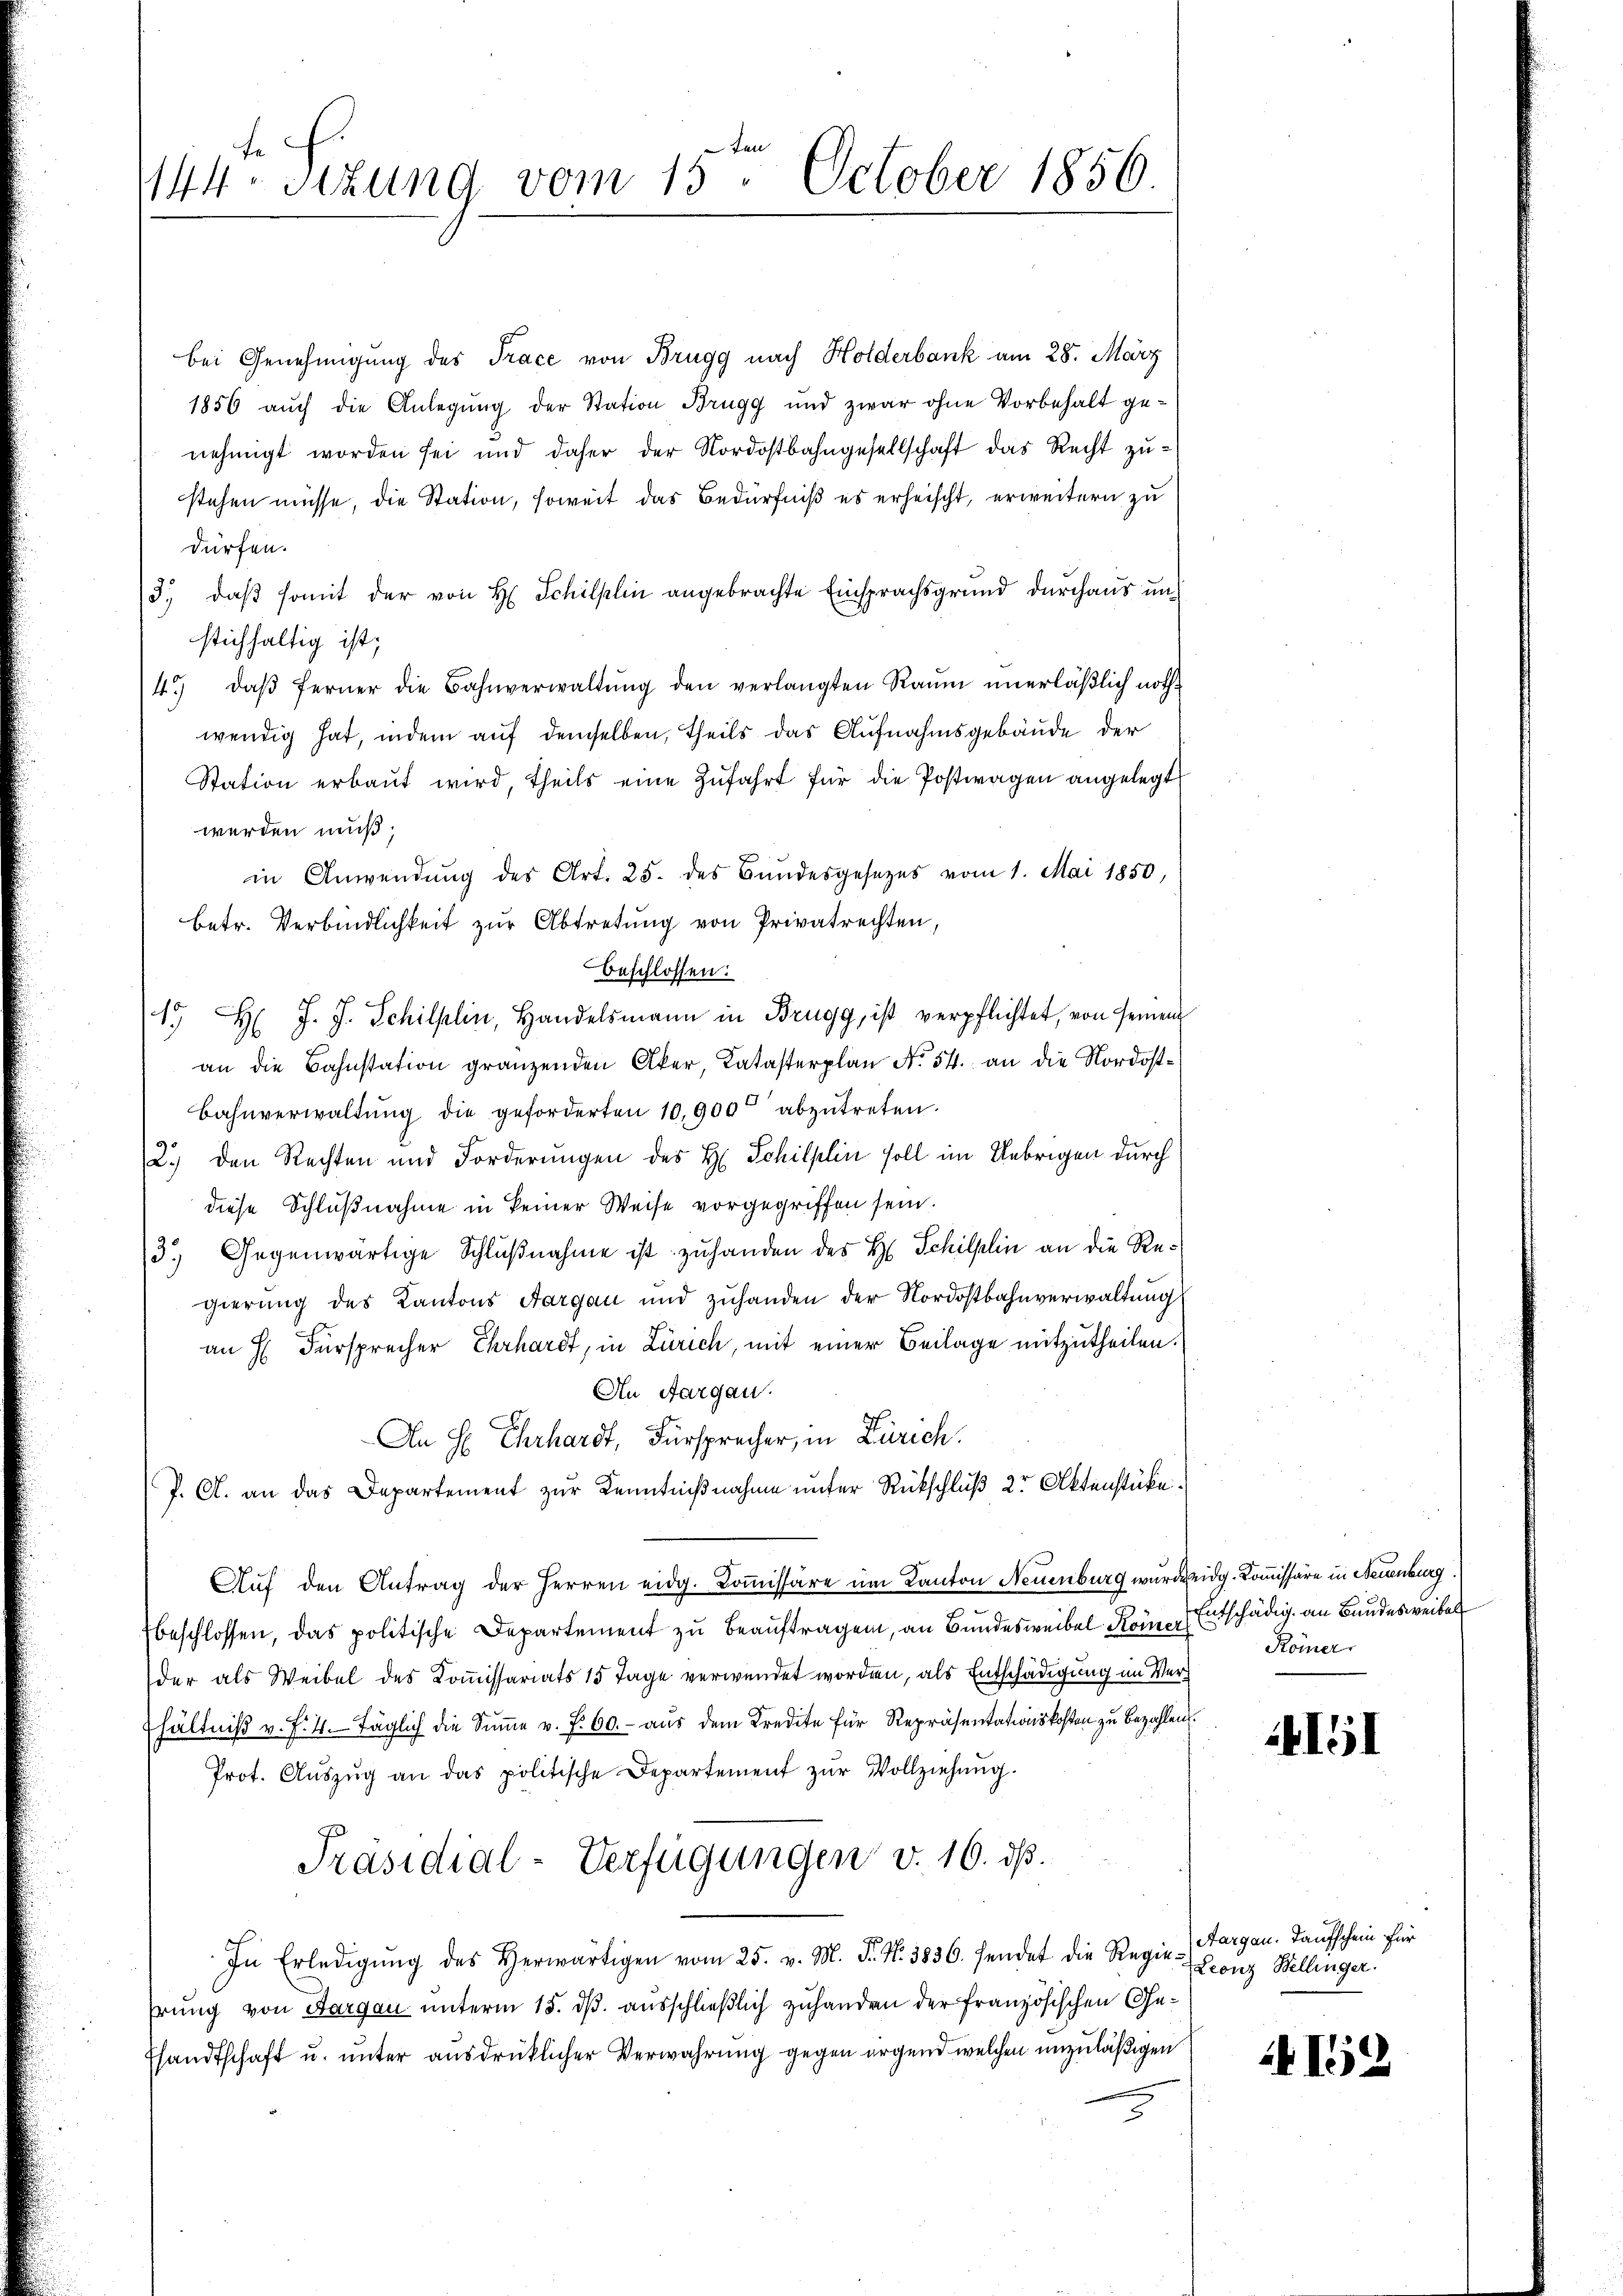
tr
144 sizung vom 15. October 1856.

bei Genehmigung des Trace von Brugg nach Holderbank am 28. März
1856 aŭch die Anlegŭng der Station Brugg und zwar ohne Vorbehalt ge-
nehmigt worden sei und daher der Nordostbahngesellschaft das Recht zustehen müsse, die Station, soweit das Bedürfniß es erheischt, erweitern zu
dürfen.
3., daß somit der von H. Schillin angebrachte Einsprachsgrund durchaus und
stichhaltig ist;
4. daβ ferner die Bahnverwaltŭng den verlangten Raŭm ŭnerläβlich noth-
wendig hat, indem auf demselben, theils das Aufnahmsgebäude der
Station erbaut wird, theils eine Zufahrt für die Postwagen angelegt
werden muß;
in Anwendŭng des Art. 25. des Bŭndesgesetzes vom 1. Mai 1850,
betr. Verbindlichkeit zur Abtretung von Privatrechten,
beschlossen:
15 H: J. J. Schilplin, Handelsmann in Brugg, ist verpflichtet, von seinem
an die Bahnstation gränzenden Aker, Katasterplan No. 54. an die Nordost¬
Bahnverwaltŭng die geforderten 10,900 abzŭtreten.
2.) den Rechten und Forderungen des H. Schilplin soll im Uebrigen durch
diese Schlußnahme in keiner Weise vorgegriffen sein.
3.) Gegenwärtige Schlußnahme ist zuhanden des H. Schilplin an die Regierung des Kantons Aargau und zuhanden der Nordostbahnverwaltung
an H. Fürsprecher Ehrhardt, in Zürich, mit einer Beilage mitzutheilen.
An Aargau.
.
An H Ehrhardt, Fürsprecher, in Zürich.
P. A. an das Departement zur Kenntnißnahme unter Rückschluß der Aktenstücke.
Auf den Antrag der Herren eidg. Koṁissäre um Kanton Neuenburg wurde eidg. Kommissäre in Neuenburg.
beschlossen, das politische Departement zu beauftragen, an Bundesweibel Könne Entschädig an Bundes weibel
der als Weibel des Kommissariats 15 Tage verwendet worden, als Entschädigung im Verhältniß v. f. 4. täglich die Sŭṁe v. P. 60. - aus dem Kredite für Repräsentationskosten zu bezahlen.
Prot. Aŭszŭg an das politische Departement zŭr Vollziehung.
Präsidial-Verfügungen v. 16. ds.
In Erledigŭng des Herwärtigen vom 25. v. M. P. Nr. 3836. sendet die Regie Leonz Bellinger.
hrung von Aargau unterm 15. dß. ausschließlich zuhanden der Französischen Ge¬
Ehandtschaft u. unter ausdrücklicher Verwahrung gegen irgend welchen unzuläßigen
2

Römer.

4151

Aargau. Taufschein für

I9